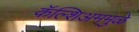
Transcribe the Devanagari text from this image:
कॅल्शिअममुळे